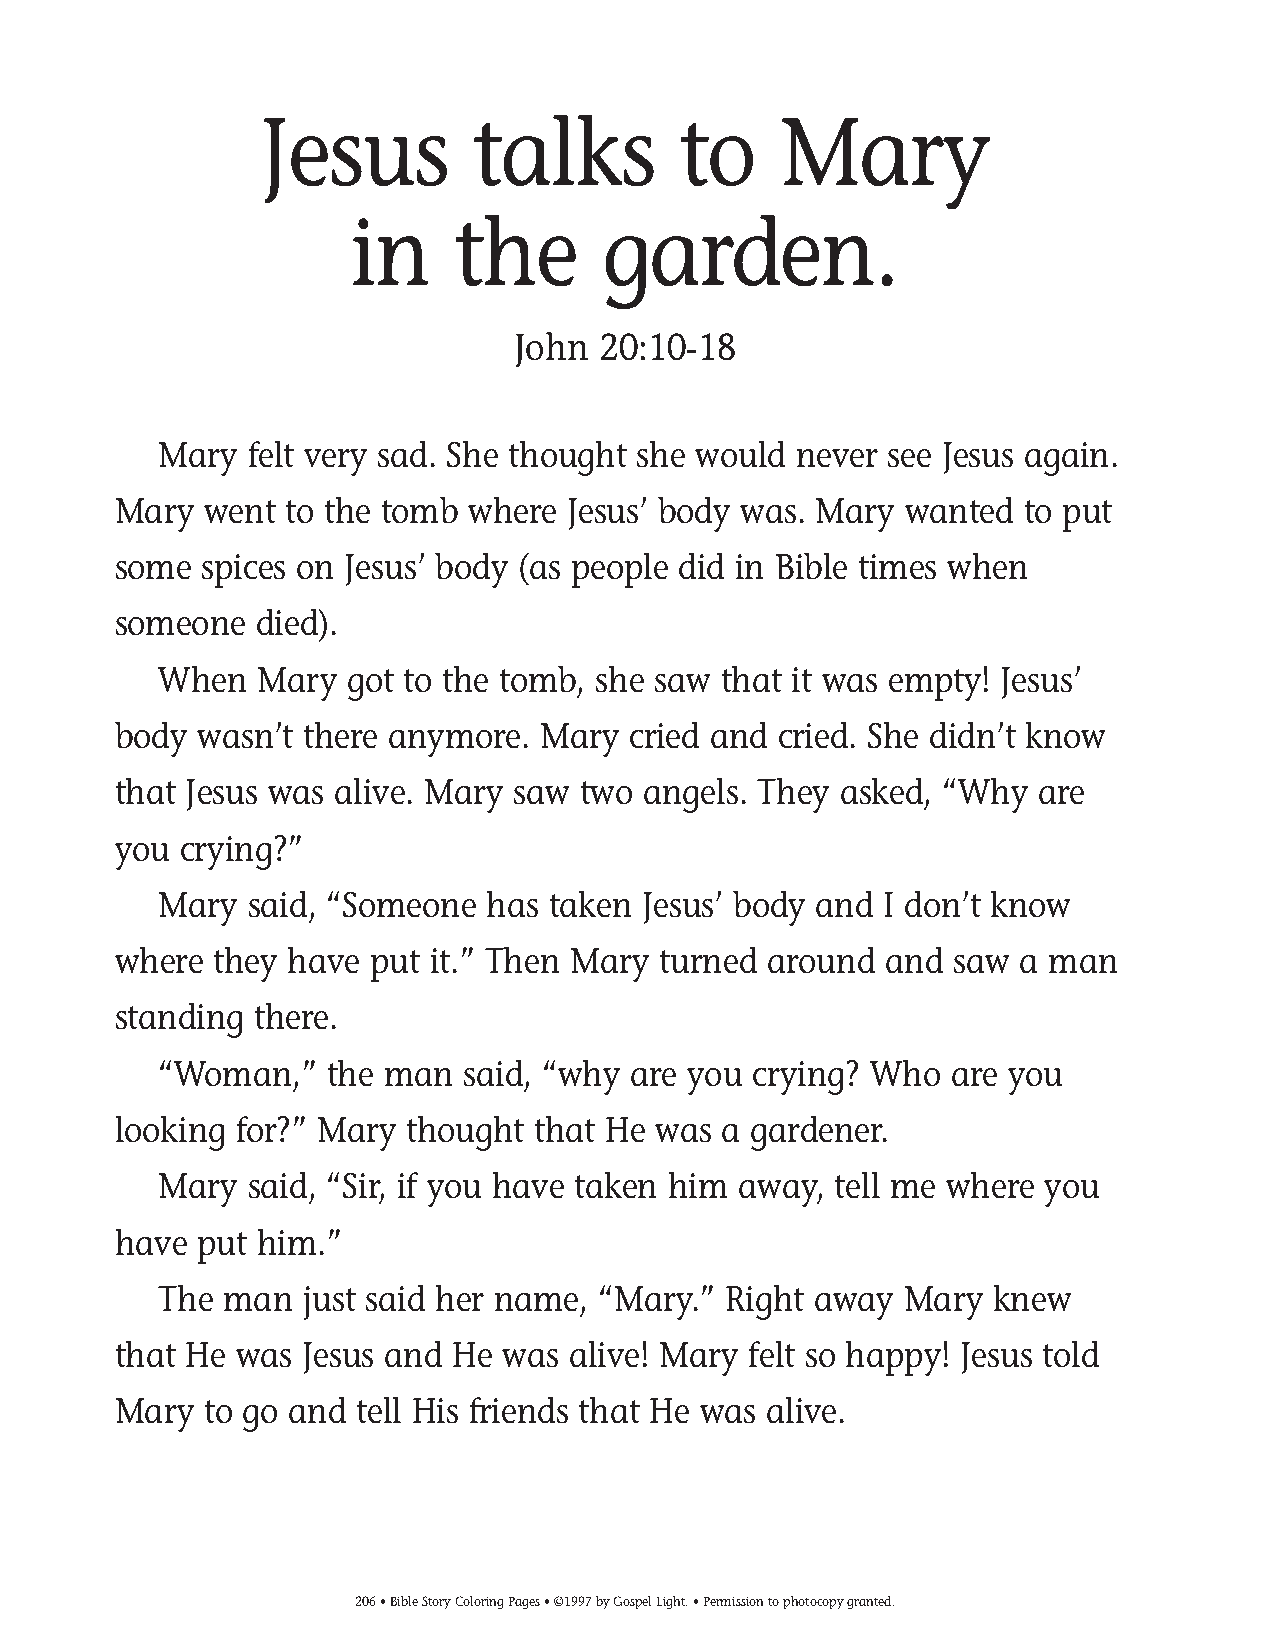
185-214 Coloring pgs_185-214 Coloring pgs 2/19/14 11:50 AM Page 206
 Jesus         talks        to     Mary
 in     the      garden.
 John  20:10-18
 Mary  felt very sad. She thought she would never see Jesus again.
 Mary  went to the tomb where  Jesus’ body was. Mary wanted  to put
 some  spices on Jesus’ body (as people did in Bible times when
 someone  died).
 When  Mary  got to the tomb, she saw that it was empty! Jesus’
 body wasn’t  there anymore. Mary  cried and cried. She didn’t know
 that Jesus was alive. Mary saw two angels. They asked, “Why  are
 you crying?”
 Mary  said, “Someone  has taken Jesus’ body and I don’t know
 where  they have put it.” Then Mary turned around  and  saw a man
 standing there.
 “Woman,”   the man  said, “why are you crying? Who  are you
 looking for?” Mary thought  that He was a gardener.
 Mary  said, “Sir, if you have taken him away, tell me where you
 have  put him.”
 The man   just said her name, “Mary.” Right away Mary  knew
 that He was Jesus and He  was alive! Mary felt so happy! Jesus told
 Mary  to go and tell His friends that He was alive.
 206• Bible Story Coloring Pages • ©1997 by Gospel Light. • Permission to photocopy granted.